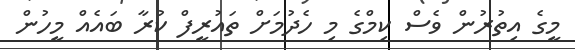
މީގެ އިތުރުން ވެސް ކިމްގެ މި ހެދުމަށް ތައުރީފް ކުރާ ބައެއް މީހުން